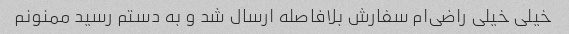
خیلی خیلی راضی‌ام سفارش بلافاصله ارسال شد و به دستم رسید ممنونم